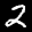
Label: 2